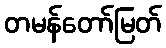
တမန်တော်မြတ်